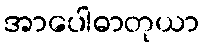
အာပေါဓာတုယာ